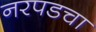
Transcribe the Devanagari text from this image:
नरपडचा